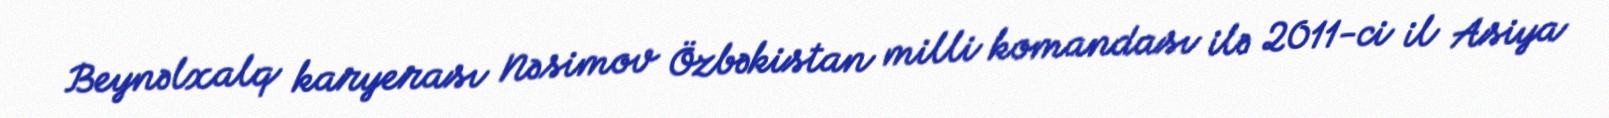
Beynəlxalq karyerası Nəsimov Özbəkistan milli komandası ilə 2011-ci il Asiya